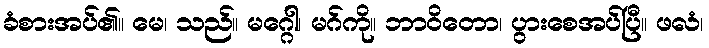
ခံစားအပ်၏။ မေ၊ သည်။ မဂ္ဂေါ၊ မဂ်ကို။ ဘာဝိတော၊ ပွားစေအပ်ပြီ။ ဖလံ၊